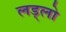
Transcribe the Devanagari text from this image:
लड्लो